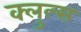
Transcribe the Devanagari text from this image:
क्लुल्स